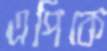
এপিকে